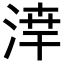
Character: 𪶗